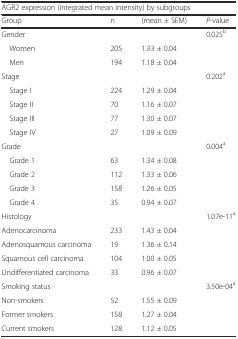
| <COLSPAN=4> AGR2 expression (integrated mean intensity) by subgroups |
 | Group | n | (mean ± SEM) | P-value |
 | --- | --- | --- | --- |
 | Gender |  |  | 0.025b |
 | Women | 205 | 1.33 ± 0.04 |  |
 | Men | 194 | 1.18 ± 0.04 |  |
 | Stage |  |  | 0.202a |
 | Stage I | 224 | 1.29 ± 0.04 |  |
 | Stage II | 70 | 1.16 ± 0.07 |  |
 | Stage III | 77 | 1.30 ± 0.07 |  |
 | Stage IV | 27 | 1.09 ± 0.09 |  |
 | Grade |  |  | 0.004a |
 | Grade 1 | 63 | 1.34 ± 0.08 |  |
 | Grade 2 | 112 | 1.33 ± 0.06 |  |
 | Grade 3 | 158 | 1.26 ± 0.05 |  |
 | Grade 4 | 35 | 0.94 ± 0.07 |  |
 | Histology |  |  | 1.07e-11a |
 | Adenocarcinoma | 233 | 1.43 ± 0.04 |  |
 | Adenosquamous carcinoma | 19 | 1.36 ± 0.14 |  |
 | Squamous cell carcinoma | 104 | 1.00 ± 0.05 |  |
 | Undifferentiated carcinoma | 33 | 0.96 ± 0.07 |  |
 | Smoking status |  |  | 3.50e-04a |
 | Non-smokers | 52 | 1.55 ± 0.09 |  |
 | Former smokers | 158 | 1.27 ± 0.04 |  |
 | Current smokers | 128 | 1.12 ± 0.05 |  |